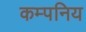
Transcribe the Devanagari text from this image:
कम्पनिय